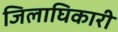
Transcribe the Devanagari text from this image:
जिलाघिकारी